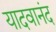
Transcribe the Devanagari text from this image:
यादवानंद